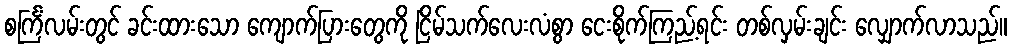
စင်္ကြံလမ်းတွင် ခင်းထားသော ကျောက်ပြားတွေကို ငြိမ်သက်လေးလံစွာ ငေးစိုက်ကြည့်ရင်း တစ်လှမ်းချင်း လျှောက်လာသည်။